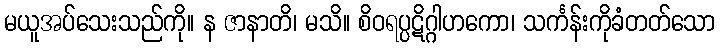
မယူအပ်သေးသည်ကို။ န ဇာနာတိ၊ မသိ။ စိဝရပ္ပဋိဂ္ဂါဟကော၊ သင်္ကန်းကိုခံတတ်သော